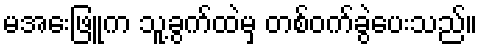
မအေးဖြူက သူ့ခွက်ထဲမှ တစ်ဝက်ခွဲပေးသည်။